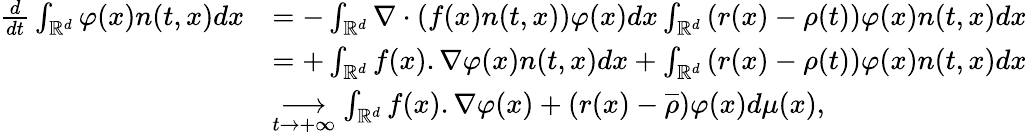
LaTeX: \begin{array}{rl}{\frac{d}{dt}\int_{\mathbb{R}^{d}}{\varphi(x)n(t,x)dx}}&{=-\int_{\mathbb{R}^{d}}{\nabla\cdot\left(f(x)n(t,x)\right)\varphi(x)dx}\int_{\mathbb{R}^{d}}{(r(x)-\rho(t))\varphi(x)n(t,x)dx}}\\ &{=+\int_{\mathbb{R}^{d}}{f(x).\nabla\varphi(x)n(t,x)dx}+\int_{\mathbb{R}^{d}}{\left(r(x)-\rho(t)\right)\varphi(x)n(t,x)dx}}\\ &{\underset{t\to+\infty}{\longrightarrow}\int_{\mathbb{R}^{d}}{f(x).\nabla\varphi(x)+(r(x)-\overline{\rho})\varphi(x)d\mu(x)},}\end{array}